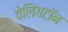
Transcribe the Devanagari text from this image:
वेलिंगटॉन